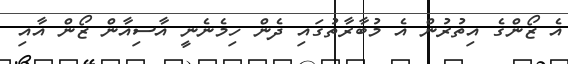
އެ ޒޯންގެ އިތުރުން އެ މުބާރާތުގައި ދެން ހިމެނެނީ އާސިއާން ޒޯން އާއި